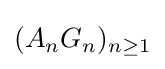
(A_{n}G_{n})_{n\geq 1}